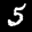
Label: 5